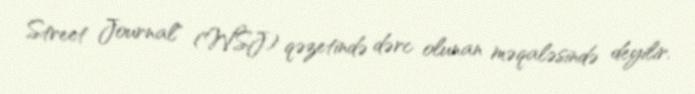
Street Journal" (WSJ) qəzetində dərc olunan məqaləsində deyilir.